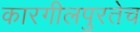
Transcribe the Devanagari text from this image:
कारगीलपुरतेच